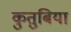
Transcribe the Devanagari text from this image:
कुतुबिया